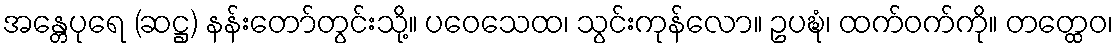
အန္တေပုရေ (ဆဋ္ဌ) နန်းတော်တွင်းသို့။ ပဝေသေထ၊ သွင်းကုန်လော။ ဥပဍ္ဎံ၊ ထက်ဝက်ကို။ တတ္ထေဝ၊